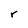
Character: r